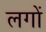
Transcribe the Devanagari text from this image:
लगों